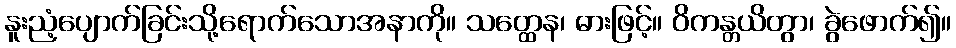
နူးညံ့ပျောက်ခြင်းသို့ရောက်သောအနာကို။ သတ္ထေန၊ ဓားဖြင့်။ ဝိကန္တယိတွာ၊ ခွဲဖောက်၍။